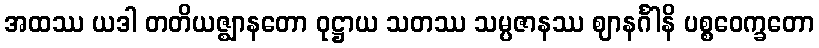
အထဿ ယဒါ တတိယဇ္ဈာနတော ဝုဋ္ဌာယ သတဿ သမ္ပဇာနဿ ဈာနင်္ဂါနိ ပစ္စဝေက္ခတော